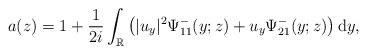
\begin{align*}a(z)=1+\frac{1}{2i} \int_{\mathbb{R}}\left(|u_y|^2 \Psi^-_{11}(y;z)+u_y \Psi^-_{21}(y;z)\right) \mathrm{d}y,\end{align*}